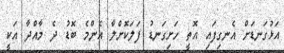
އަޅުގަނޑަށް އެނގިފައި އޮތީ ހަށިގަނޑު ފަލަކޮށްލާ އެންމެ ބޮޑު ދެ މާއްދާ އަކީ